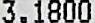
3.1800